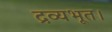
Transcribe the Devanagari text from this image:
द्रव्यभूत।